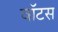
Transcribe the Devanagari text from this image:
वॉटस